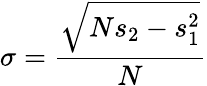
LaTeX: \sigma={\frac{\sqrt{Ns_{2}-s_{1}^{2}}}{N}}